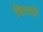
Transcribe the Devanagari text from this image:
शिलधी